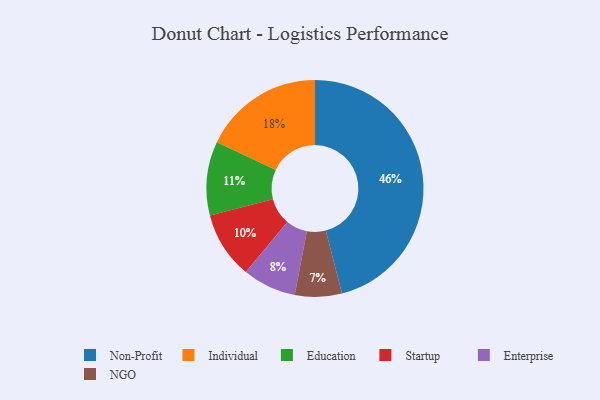
{"axis": {"x": "Category", "y": "Percentage"}, "legend": ["Education", "Enterprise", "Individual", "NGO", "Non-Profit", "Startup"], "data": [{"x": "Individual", "y": 18, "type": "Individual"}, {"x": "Non-Profit", "y": 46, "type": "Non-Profit"}, {"x": "Education", "y": 11, "type": "Education"}, {"x": "Startup", "y": 10, "type": "Startup"}, {"x": "Enterprise", "y": 8, "type": "Enterprise"}, {"x": "NGO", "y": 7, "type": "NGO"}]}